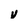
Character: v